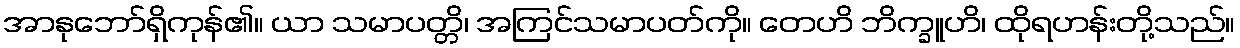
အာနုဘော်ရှိကုန်၏။ ယာ သမာပတ္တိ၊ အကြင်သမာပတ်ကို။ တေဟိ ဘိက္ခူဟိ၊ ထိုရဟန်းတို့သည်။